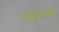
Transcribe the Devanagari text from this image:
१२७९च्या